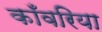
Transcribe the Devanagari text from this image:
काँवरिया